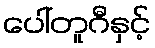
ပေါ်တူဂီနှင့်